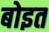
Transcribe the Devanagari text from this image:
बोइत